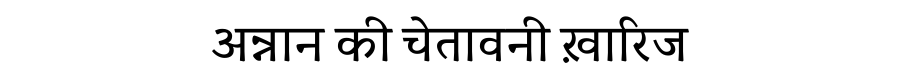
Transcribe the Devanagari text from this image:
अन्नान की चेतावनी ख़ारिज